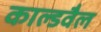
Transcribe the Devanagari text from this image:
काल्डवैल